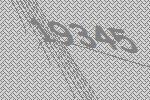
19345